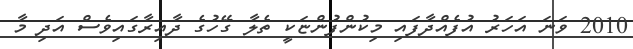
2010 ވަނަ އަހަރު އުފެއްދާފައި މިކުންފުންޏަކީ ތެލާ ގޭހުގެ ދާއިރާގައިވެސް އަދި މާ